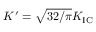
K ^ { \prime } = \sqrt { 3 2 / \pi } K _ { \mathrm { I C } }